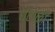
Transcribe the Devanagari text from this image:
घंटाळी